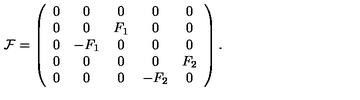
{ \cal F } = \left( \begin{array} { c c c c c } { 0 } & { 0 } & { 0 } & { 0 } & { 0 } \\ { 0 } & { 0 } & { F _ { 1 } } & { 0 } & { 0 } \\ { 0 } & { - F _ { 1 } } & { 0 } & { 0 } & { 0 } \\ { 0 } & { 0 } & { 0 } & { 0 } & { F _ { 2 } } \\ { 0 } & { 0 } & { 0 } & { - F _ { 2 } } & { 0 } \\ \end{array} \right) .